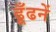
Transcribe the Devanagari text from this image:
ढूँढनें